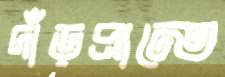
দাঁড়প্রান্তে